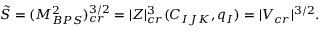
\tilde { S } = ( M _ { B P S } ^ { 2 } ) _ { c r } ^ { 3 / 2 } = | Z | _ { c r } ^ { 3 } ( C _ { I J K } , q _ { I } ) = | V _ { c r } | ^ { 3 / 2 } .